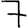
Digit: 7